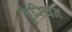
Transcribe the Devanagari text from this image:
हुरियन